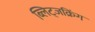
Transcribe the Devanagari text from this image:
ब्लिट्जक्रिंग